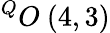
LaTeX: ^{Q}O\ (4,3)